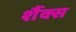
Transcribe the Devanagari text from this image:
शैंक्स